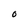
Character: O